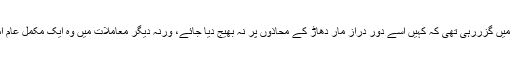
اس کے خاندان والوں کا کہنا ہے کہ اس کی زندگی اسی خوف میں گزررہی تھی کہ کہیں اسے دور دراز مار دھاڑ کے محاذوں پر نہ بھیج دیا جائے، ورنہ دیگر معاملات میں وہ ایک مکمل عام امریکی شہری تھا جو اپنی زندگی امن و چین سے گزاررہا تھا۔